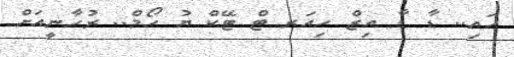
ހައި.. ޑާ ޑާ އިޒް ހިއަރ ޓް ޓޭކް ޔު ހޯމް.. ރުހާނީއަށް